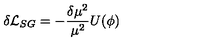
\delta { \cal { L } } _ { S G } = - \frac { \delta \mu ^ { 2 } } { \mu ^ { 2 } } U ( \phi )